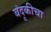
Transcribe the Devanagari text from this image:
बंदूकीचा